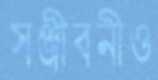
সঞ্জীবনীও